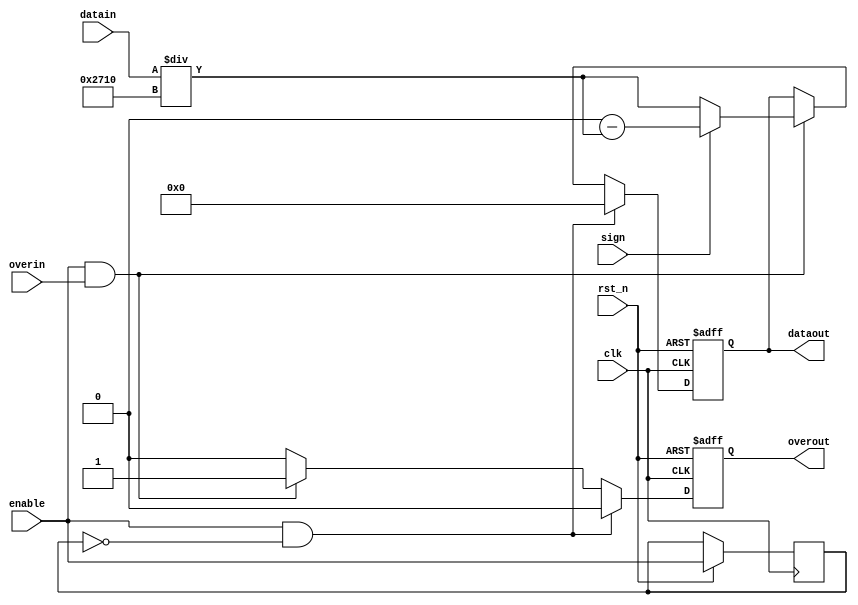
module finaloutput(clk,rst_n,enable,datain,dataout,overin,overout,sign);
input clk, rst_n, enable,overin,sign;
input [31:0]datain;
output [31:0]dataout;
output overout;
reg [31:0]dataout;
reg overout,preenable;
always @(posedge clk or negedge rst_n)
begin
if(!rst_n)
	begin
		dataout <= 32'sd0;
		overout <= 0;
	end
else
	begin
	    preenable <= enable;
		if((enable==1'b1)&(preenable==0))
		begin
		    dataout <= 32'sd0;
		    overout <= 0;
		end
		else if(enable==1'b1 & overin == 1)
		begin
	        if(sign == 0)
	        begin
	            dataout <= datain / 10000;
	        end
	        else
	        begin
	            dataout <= 0-datain / 10000;
	        end
	        overout <= 1;
	    end
	    else
	    begin
            dataout <= dataout; 
            overout <= 0;
	    end
	end
end
endmodule